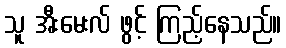
သူ အီးမေးလ် ဖွင့် ကြည့်နေသည်။